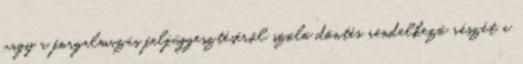
vagy a forgalmazás felfüggesztéséről szóló döntés rendelkező részét a